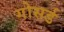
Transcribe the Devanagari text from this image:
गोसर्ड